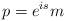
LaTeX: \begin{align*}p=e^{is}m\end{align*}